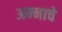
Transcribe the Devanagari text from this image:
अन्‍नाचे